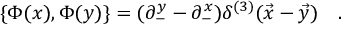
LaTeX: \{ \Phi ( x ) , \Phi ( y ) \} = ( \partial _ { - } ^ { y } - \partial _ { - } ^ { x } ) \delta ^ { ( 3 ) } ( \vec { x } - \vec { y } ) \quad .